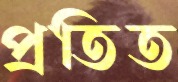
প্রতিত